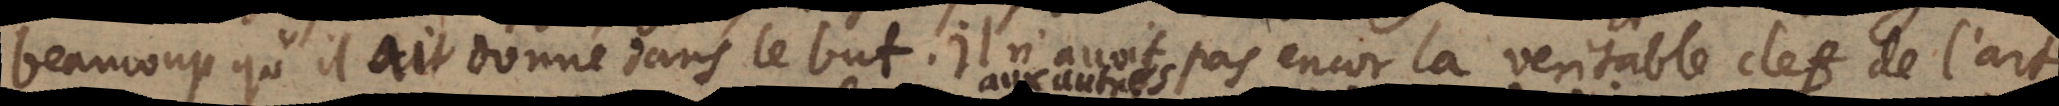
beaucoup qu’il ait donne ´ dans le but. Il n’avoit pas encor la veritable clef de l’art